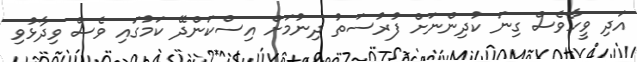
އަދި ވީހާވެސް ގިނަ ކުދިންނަށް ފުރުސަތު ދިނުމަށް އިސްކަންދޭ ކަމުގައި ވެސް ވިދާޅުވި